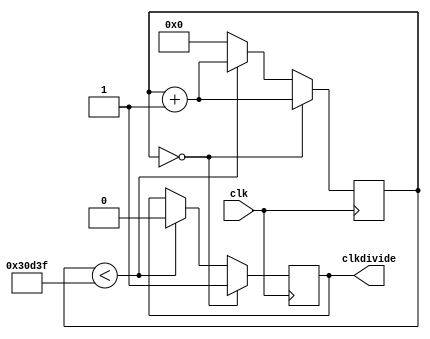
`timescale 1ns / 1ps

module Clockdivider(input clk,
output reg clkdivide
    );
    reg [17:0] count;
    always@ (posedge clk)
    begin
    if (count==0) begin count<=count+1; clkdivide<=1;end
    else if (count<199999)begin count<=count+1;clkdivide<=0;end
    else count<=0;
    end
endmodule